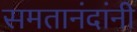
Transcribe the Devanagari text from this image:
समतानंदांनी